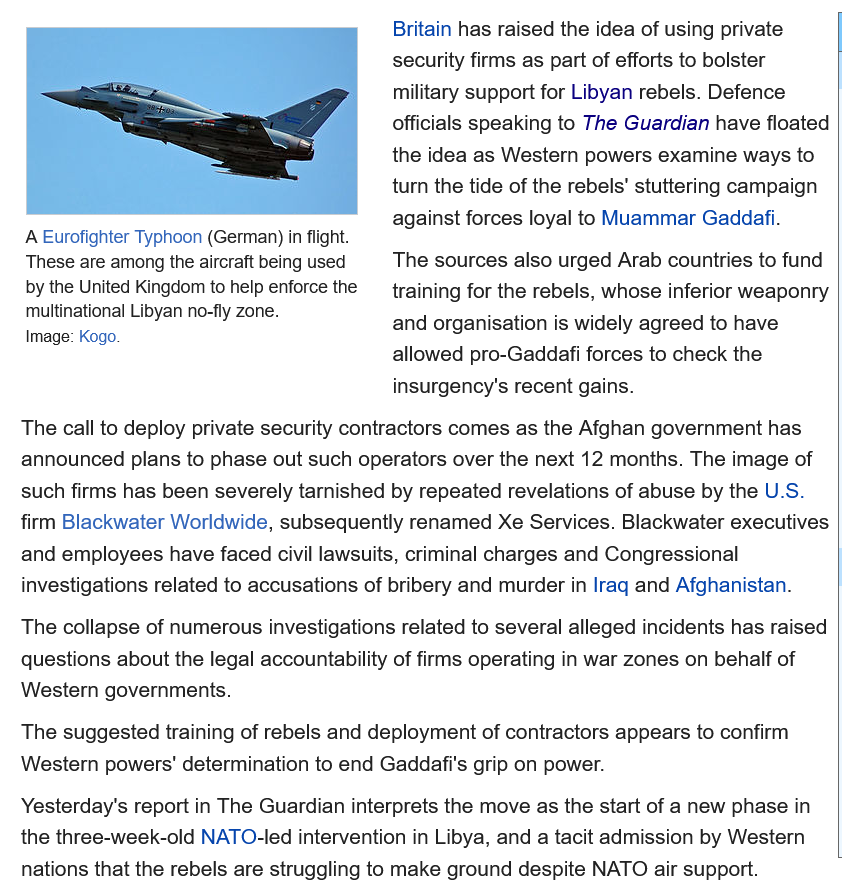
A Eurofighter Typhoon (German) in flight.
   These are among the aircraft being used
   by the United Kingdom to help enforce the
   multinational Libyan no-fly zone.
   Image: Kogo.
     Britain has raised the idea of using private
     security firms as part of efforts to bolster
     military support for Libyan rebels. Defence
     Officials speaking to The Guardian have floated
     the idea as Western powers examine ways to
     turn the tide of the rebels’ stuttering campaign
     against forces loyal to Muammar Gaddafi.
     The sources also urged Arab countries to fund
     training for the rebels, whose inferior weaponry
     and organisation is widely agreed to have
     allowed pro-Gaddafi forces to check the
     insurgency's recent gains.
  The call to deploy private security contractors comes as the Afghan government has
   announced plans to phase out such operators over the next 12 months. The image of
   such firms has been severely tarnished by repeated revelations of abuse by the U.S.
  firm Blackwater Worldwide, subsequently renamed Xe Services. Blackwater executives
   and employees have faced civil lawsuits, criminal charges and Congressional
   investigations related to accusations of bribery and murder in Iraq and Afghanistan.
  The  collapse of numerous investigations related to several alleged incidents has raised
   questions about the legal accountability of firms operating in war zones on behalf of
  Western governments.
  The  suggested training of rebels and deployment of contractors appears to confirm
  Western  powers’ determination to end Gaddafi's grip on power.
  Yesterday's report in The Guardian interprets the move as the start of a new phase in
  the three-week-old NATO-led intervention in Libya, and a tacit admission by Western
   nations that the rebels are struggling to make ground despite NATO air support.